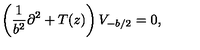
\left( \frac { 1 } { b ^ { 2 } } \partial ^ { 2 } + T ( z ) \right) V _ { - b / 2 } = 0 , \nonumber